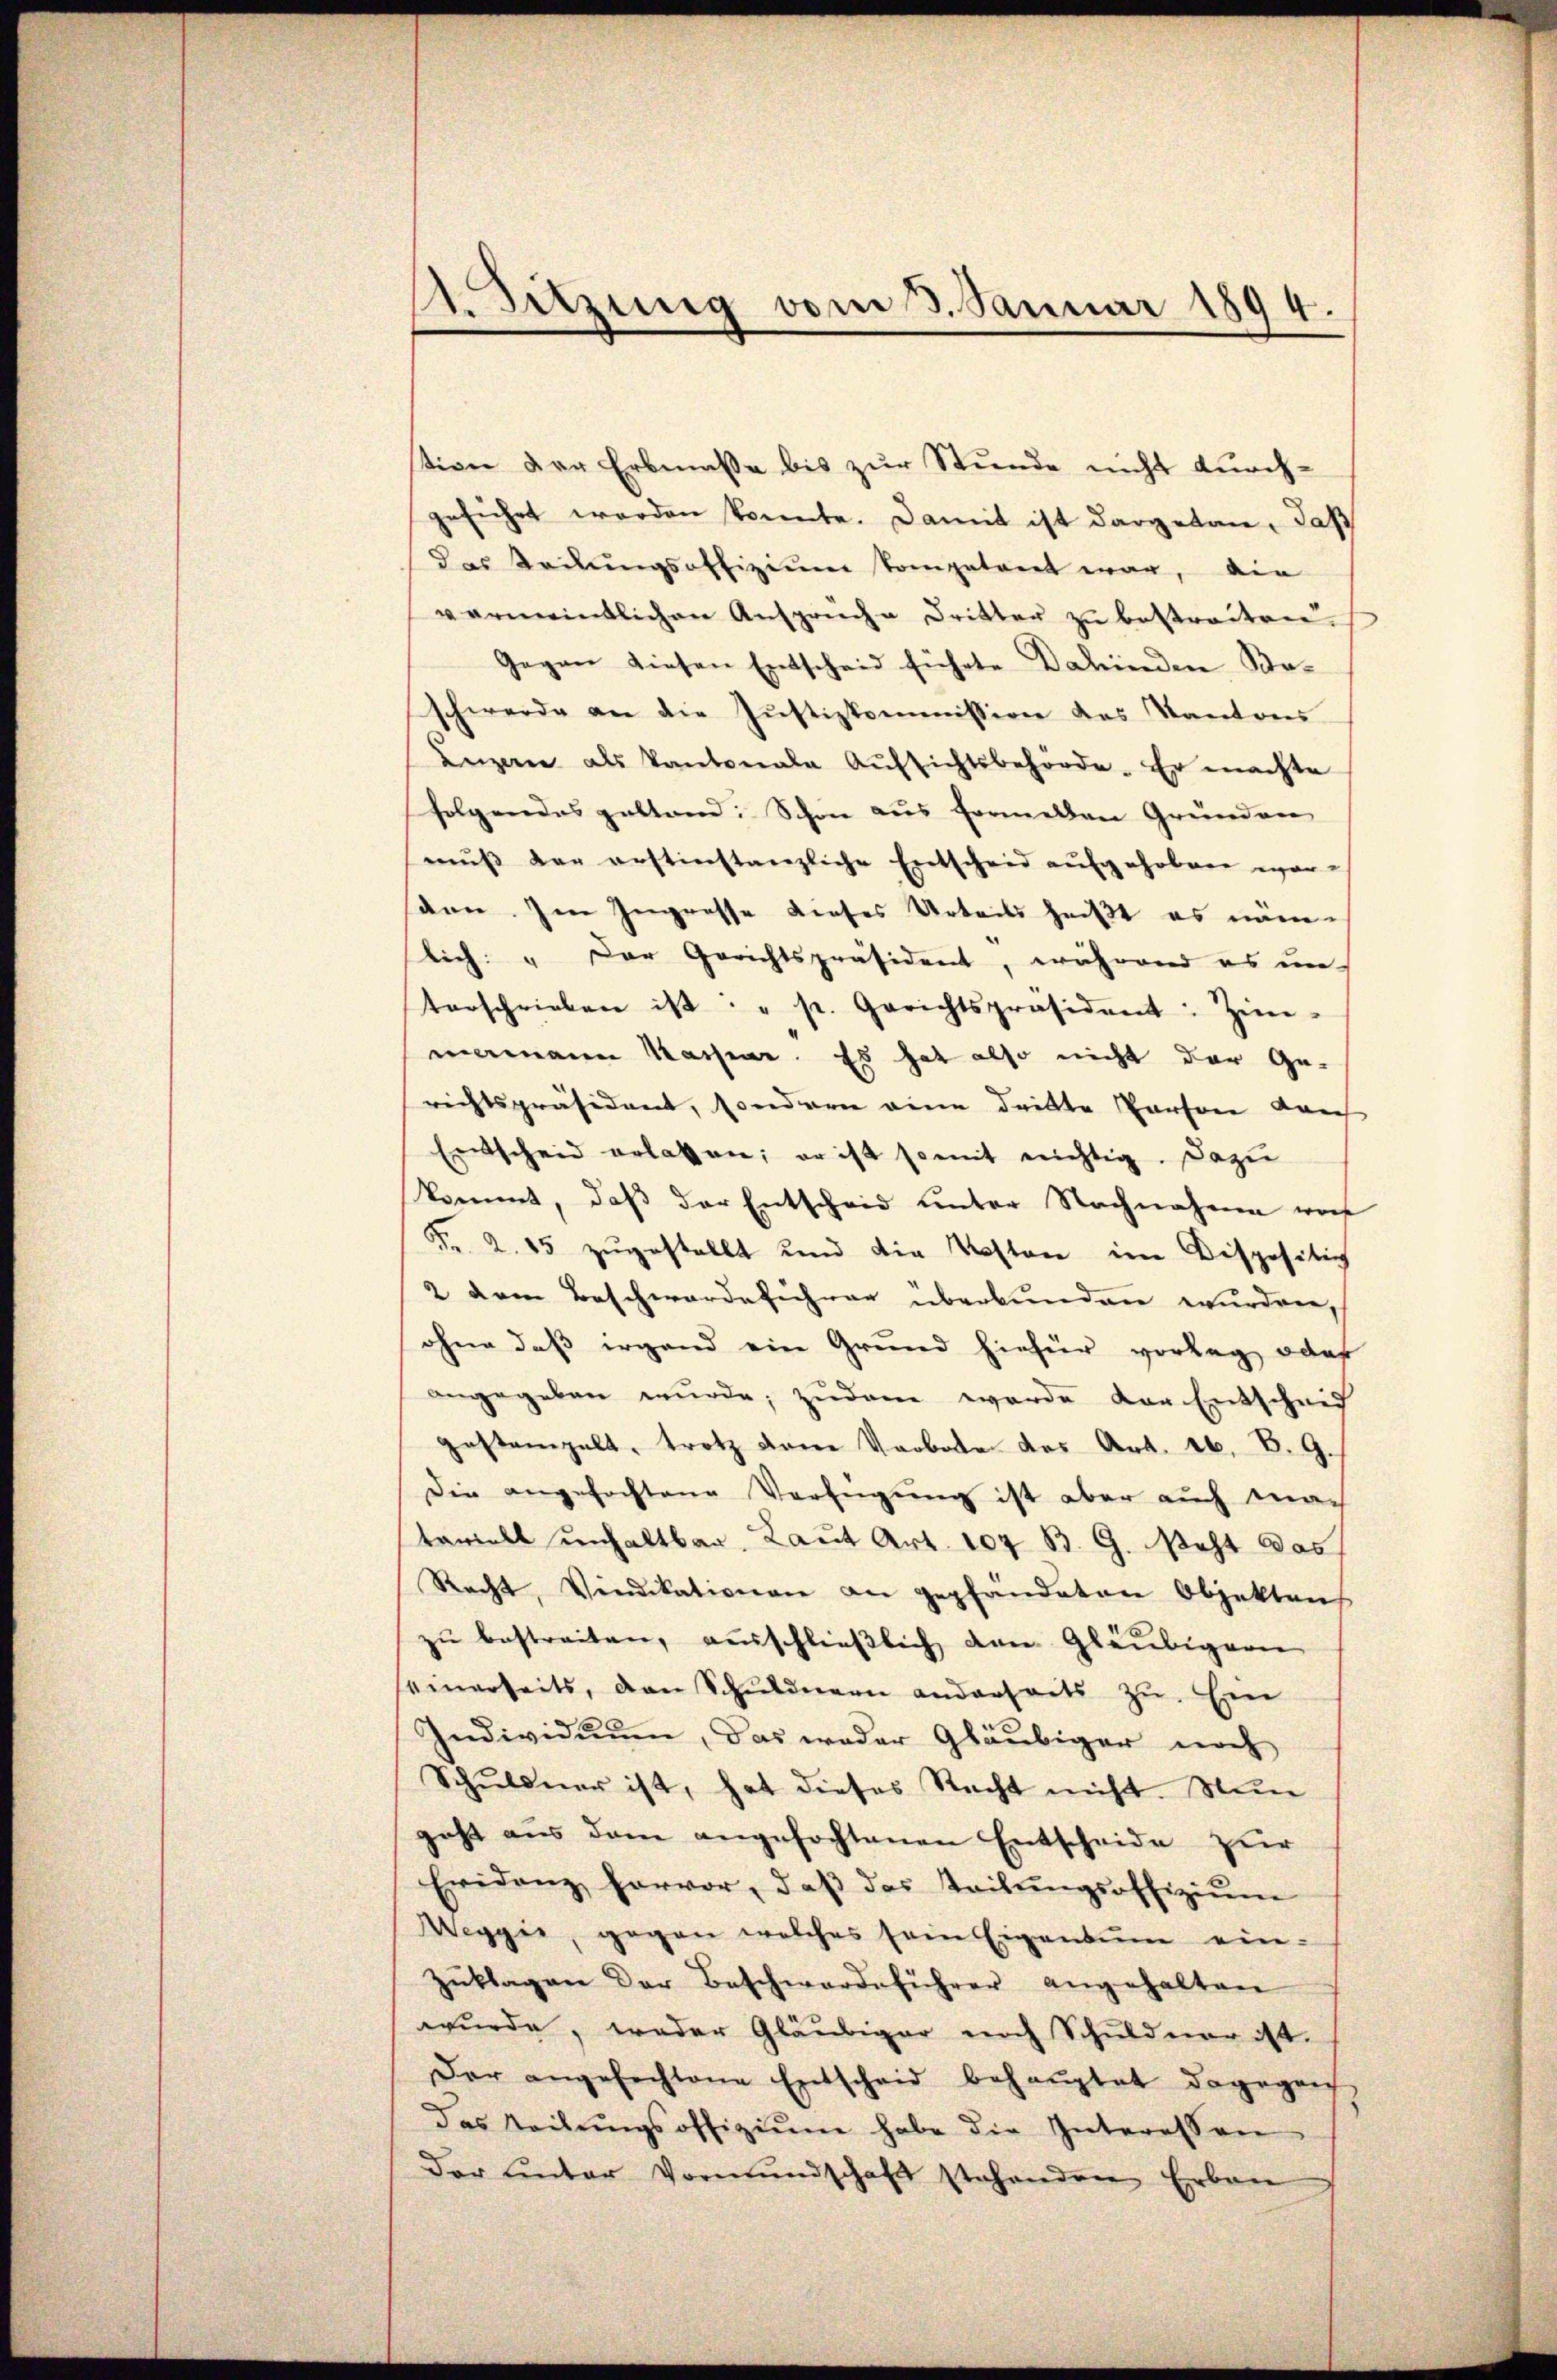
tion der Erbmaße bis zur Stunde nicht durchgeführt worden konnte. Damit ist dargetan, daß
das Teilungsoffizium kompetent war, die
vermeintlichen Ansprüche Dritter zu bestreiten.
Gegen diesen Entscheid führte Dahinden Beschwerde an die Justizkommission des Kantons
Luzerne als Kantonale Aŭfsichtsbehörde. Er machte
folgendes gestand: Schon aus formellen Gründen
mus der erstinstanzliche Entscheid aufgehoben war.
sann. Im Ingresse dieses Urteils heißt es nämlich: „Der Gerichtspräsident, während es un
terschrieben ist: " p. Gerichtspräsident: Zim-
mamann Machen. Es hat also nicht der Ge-
richtspräsident, sondern eine dritte Person durch
Entscheid erlassen; er ist somit richtig. Dazu
kommt, daβ der Entscheid unter Nachnahme woh
Fr. 2. 15 zugestellt und die Kosten im Dispositich
2 dem Beschwerdeführer überbunden wurden,
ohne daß irgend ein Grund hiefür vorlag, oder
angegeben wurde; zudem werde der Entscheid
gestampelt, trotz dem Verbote des Art. 16. B. G.
Die angefochtene Verfügung ist aber auch nach
tariell unhaltbar. Laut Art. 104 B. G. steht das
Recht, Vindikationen an gepfändeten Objekten
zŭ bestreiten, ausschlieβlich den Gläubigern
seinerseits, den Schuldnern anderseits zu. Ein
Individuum, das weder Gläubiger noch
Schŭldner ist, hat dieses Recht nicht. Meine
geht aus dem angefochtenen Entscheide zur
Evidenz hervor, daβ das Teilŭngsoffiziŭm
Weggis, gegen welches sein Eigentum ein¬
Zŭklagen der Beschwerdeführer angehalten
wurde, weder Gläubiger noch Schuldner ist.
Der angefechtene Entscheid behauptet dagegen
das teilŭngsoffiziŭm habe die Interessen
Der ŭnter Vormŭndschaft stehenden Erban

A. Sitzung vom 3. Januar 1894.